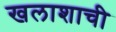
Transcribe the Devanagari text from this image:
खलाशाची